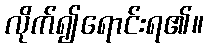
လိုက်၍ရောင်းရ၏။